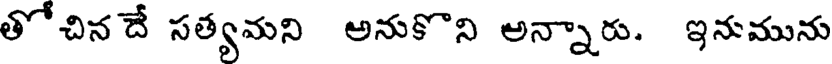
తోచిన దే సత్యమని అనుకొని అన్నారు. ఇనుమును